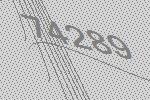
74289